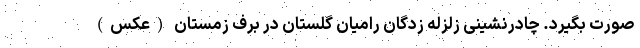
صورت بگیرد. چادرنشینی زلزله زدگان رامیان گلستان در برف زمستان (عکس)